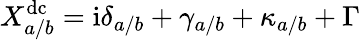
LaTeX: X_{a/b}^{\mathrm{dc}}=\mathrm{i}\delta_{a/b}+\gamma_{a/b}+\kappa_{a/b}+\Gamma